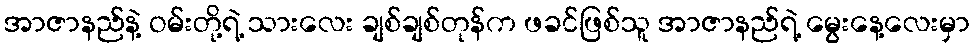
အာဇာနည်နဲ့ ဝမ်းတို့ရဲ့ သားလေး ချစ်ချစ်တုန်က ဖခင်ဖြစ်သူ အာဇာနည်ရဲ့ မွေးနေ့လေးမှာ